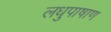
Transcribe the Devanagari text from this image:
लधुपाषाण